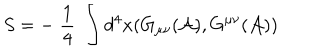
S = - \; \frac { 1 } { 4 } \; \int d ^ { 4 } x ( G _ { \mu \nu } ( { \cal A } ) , G ^ { \mu \nu } ( { \cal A } ) )